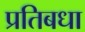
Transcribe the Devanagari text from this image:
प्रतिबधा